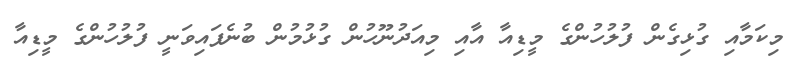
މިކަމާއި ގުޅިގެން ފުލުހުންގެ މީޑިއާ އާއި މިއަދުނޫހުން ގުޅުމުން ބުނެފައިވަނީ ފުލުހުންގެ މީޑިއާ